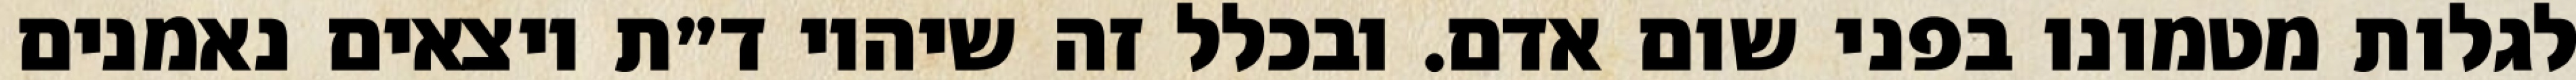
לגלות מטמונו בפני שום אדם. ובכלל זה שיהיו ד״ת יוצאים נאמנים